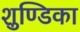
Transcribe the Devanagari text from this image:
शुण्डिका